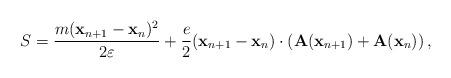
LaTeX: \begin{align*}S={m({\bf x}_{n+1}-{\bf x}_{n})^2\over 2\varepsilon}+{e\over 2} ({\bf x}_{n+1}-{\bf x}_{n})\cdot ({\bf A}({\bf x}_{n+1})+{\bf A}({\bf x}_n))\,,\end{align*}